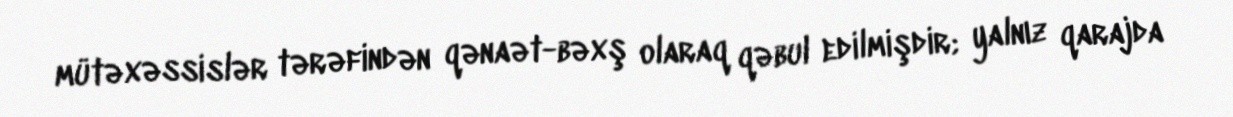
mütəxəssislər tərəfindən qənaət-bəxş olaraq qəbul edilmişdir; yalnız qarajda